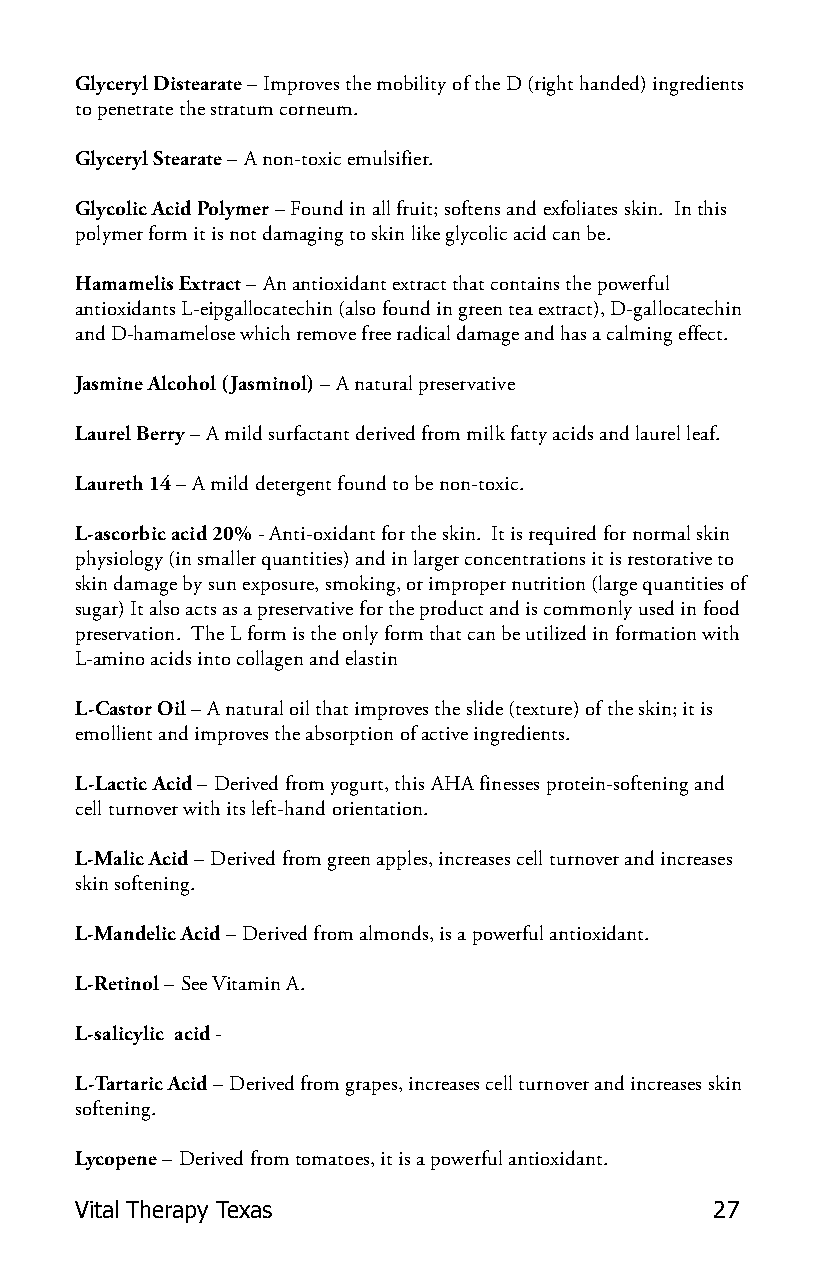
Glyceryl Distearate – Improves the mobility of the D (right handed) ingredients
 to penetrate the stratum corneum.
 Glyceryl Stearate – A non-toxic emulsifier.
 Glycolic Acid Polymer – Found in all fruit; softens and exfoliates skin. In this
 polymer form it is not damaging to skin like glycolic acid can be.
 Hamamelis Extract – An antioxidant extract that contains the powerful
 antioxidants L-eipgallocatechin (also found in green tea extract), D-gallocatechin
 and D-hamamelose which remove free radical damage and has a calming effect.
 Jasmine Alcohol (Jasminol) – A natural preservative
 Laurel Berry – A mild surfactant derived from milk fatty acids and laurel leaf.
 Laureth 14 – A mild detergent found to be non-toxic.
 L-ascorbic acid 20% - Anti-oxidant for the skin. It is required for normal skin
 physiology (in smaller quantities) and in larger concentrations it is restorative to
 skin damage by sun exposure, smoking, or improper nutrition (large quantities of
 sugar) It also acts as a preservative for the product and is commonly used in food
 preservation. The L form is the only form that can be utilized in formation with
 L-amino acids into collagen and elastin
 L-Castor Oil – A natural oil that improves the slide (texture) of the skin; it is
 emollient and improves the absorption of active ingredients.
 L-Lactic Acid – Derived from yogurt, this AHA finesses protein-softening and
 cell turnover with its left-hand orientation.
 L-Malic Acid – Derived from green apples, increases cell turnover and increases
 skin softening.
 L-Mandelic Acid – Derived from almonds, is a powerful antioxidant.
 L-Retinol – See Vitamin A.
 L-salicylic acid -
 L-Tartaric Acid – Derived from grapes, increases cell turnover and increases skin
 softening.
 Lycopene – Derived from tomatoes, it is a powerful antioxidant.
 Vital Therapy Texas                       27